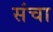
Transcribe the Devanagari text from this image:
संचा